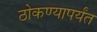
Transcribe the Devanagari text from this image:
ठोकण्यापर्यंत